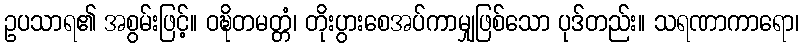
ဥပသာရ၏ အစွမ်းဖြင့်။ ဝဍ္ဎိတမတ္တံ၊ တိုးပွားစေအပ်ကာမျှဖြစ်သော ပုဒ်တည်း။ သရဏာကာရော၊